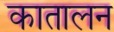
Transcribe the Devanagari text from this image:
कातालन